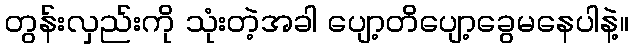
တွန်းလှည်းကို သုံးတဲ့အခါ ပျော့တိပျော့ခွေမနေပါနဲ့။